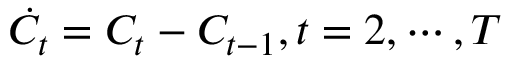
\dot { C } _ { t } = C _ { t } - C _ { t - 1 } , t = 2 , \cdots , T